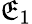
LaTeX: \mathfrak{E}_{1}